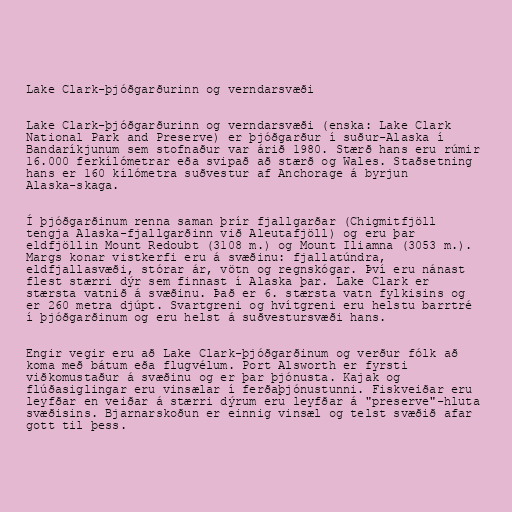
Lake Clark-þjóðgarðurinn og verndarsvæði

Lake Clark-þjóðgarðurinn og verndarsvæði (enska: Lake Clark
National Park and Preserve) er þjóðgarður í suður-Alaska í
Bandaríkjunum sem stofnaður var árið 1980. Stærð hans eru rúmir
16.000 ferkílómetrar eða svipað að stærð og Wales. Staðsetning
hans er 160 kílómetra suðvestur af Anchorage á byrjun
Alaska-skaga.

Í þjóðgarðinum renna saman þrír fjallgarðar (Chigmitfjöll
tengja Alaska-fjallgarðinn við Aleutafjöll) og eru þar
eldfjöllin Mount Redoubt (3108 m.) og Mount Iliamna (3053 m.).
Margs konar vistkerfi eru á svæðinu: fjallatúndra,
eldfjallasvæði, stórar ár, vötn og regnskógar. Því eru nánast
flest stærri dýr sem finnast í Alaska þar. Lake Clark er
stærsta vatnið á svæðinu. Það er 6. stærsta vatn fylkisins og
er 260 metra djúpt. Svartgreni og hvítgreni eru helstu barrtré
í þjóðgarðinum og eru helst á suðvestursvæði hans.

Engir vegir eru að Lake Clark-þjóðgarðinum og verður fólk að
koma með bátum eða flugvélum. Port Alsworth er fyrsti
viðkomustaður á svæðinu og er þar þjónusta. Kajak og
flúðasiglingar eru vinsælar í ferðaþjónustunni. Fiskveiðar eru
leyfðar en veiðar á stærri dýrum eru leyfðar á "preserve"-hluta
svæðisins. Bjarnarskoðun er einnig vinsæl og telst svæðið afar
gott til þess.